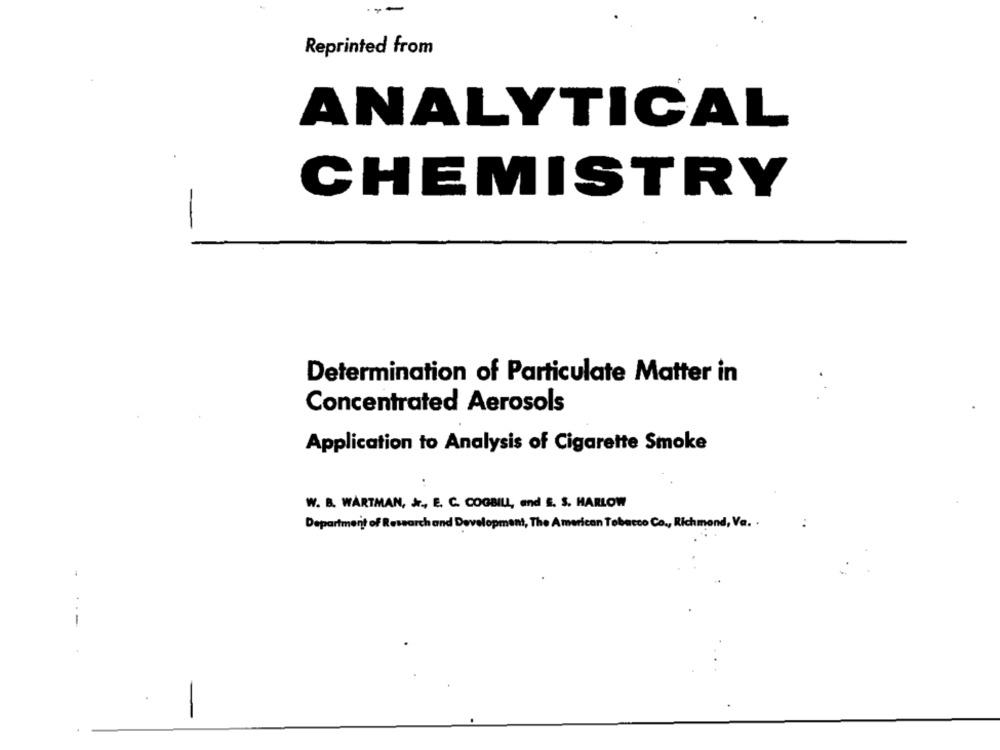
--
Reprinted from
ANALYTICAL
CHEMISTRY
Determination of Particulate Matter in
Concentrated Aerosols
Application to Analysis of Cigarette Smoke
W. B. WARTMAN, Jr ., E. C. COGBILL, and S. S. HARLOW
Department of Research and Development, The American Tobacco Co ., Richmond,
-